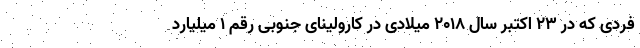
فردی که در ۲۳ اکتبر سال ۲۰۱۸ میلادی در کارولینای جنوبی رقم ۱ میلیارد